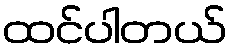
ထင်ပါတယ်